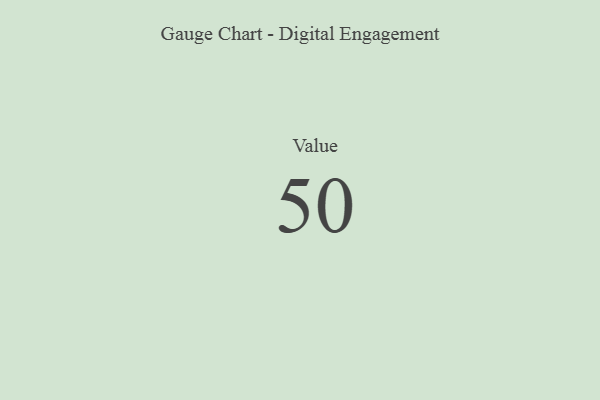
{"axis": {"x": "Metric", "y": "Value"}, "legend": [""], "data": [{"x": "Value", "y": 50, "type": ""}]}